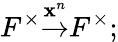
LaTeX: F^{\times}{\overset{\mathbf{x}^{n}}{\to}}F^{\times};